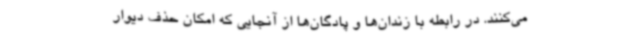
می‌کنند. در رابطه با زندان‌ها و پادگان‌ها از آنجایی که امکان حذف دیوار